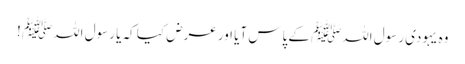
وہ یہودی رسول اللہﷺ کے پاس آیا اور عرض کیا کہ یا رسول اللہﷺ !